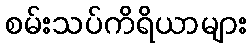
စမ်းသပ်ကိရိယာများ